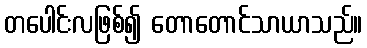
တပေါင်းလဖြစ်၍ တောတောင်သာယာသည်။